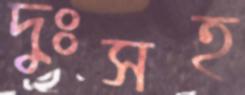
দুঃসহ